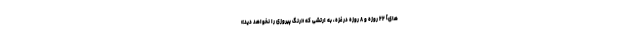
های] ۲۲ روزه و ۸ روزه در غزّه، به ارتشی که «رنگ پیروزی را نخواهد دید»